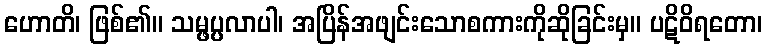
ဟောတိ၊ ဖြစ်၏။ သမ္ဖပ္ပလာပါ၊ အပြိန်အဖျင်းသောစကားကိုဆိုခြင်းမှ။ ပဋိဝိရတော၊